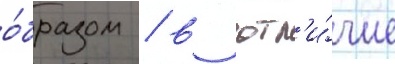
о́бразом / в отл'и́чие